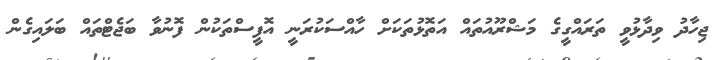
ޖިހާދު ވިދާޅުވީ ތަރައްގީގެ މަޝްރޫއުތައް އަތޮޅުތަކަށް ހާއްސަކުރަނީ އޮފީސްތަކުން ފޮނުވާ ބަޖެޓްތައް ބަލައިގެން